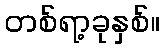
တစ်ရာ့ခုနှစ်။